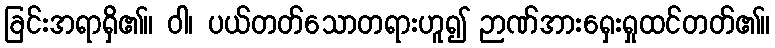
ခြင်းအရာရှိ၏။ ဝါ၊ ပယ်တတ်သောတရားဟူ၍ ဉာဏ်အားရှေးရှုထင်တတ်၏။